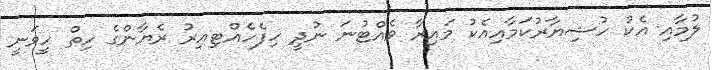
ލުމާއި އެކު ހުޝިޔާރުކަމާއިއެކު މައިރާ ވެއްޓުނަ ނުދީ ހިފެހެއްޓިއިރު ރެޔާންގެ ހިތް ހީވަނީ